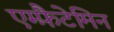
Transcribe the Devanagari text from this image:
एम्फ़ैटेमिन